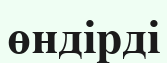
өндірді